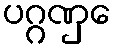
ပဂ္ဂဏှေ